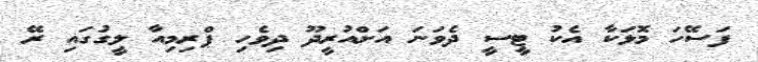
ފަސޭހަ މޮޅަކާ އެކު ޓީސީ ދެވަނަ އަށްއުރީދޫ ދިވެހި ޕްރިމިއާ ލީގުގައި ރޭ